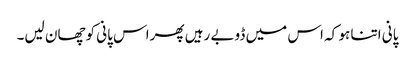
پانی اتنا ہو کہ اس میں ڈوبے رہیں پھراس پانی کوچھان لیں۔